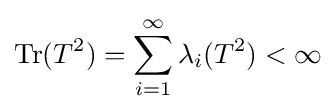
\operatorname {Tr} (T^{2})=\sum _{i=1}^{\infty }\lambda _{i}(T^{2})<\infty